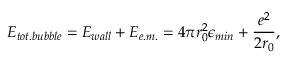
E _ { t o t . b u b b l e } = E _ { w a l l } + E _ { e . m . } = 4 \pi r _ { 0 } ^ { 2 } \epsilon _ { m i n } + \frac { e ^ { 2 } } { 2 r _ { 0 } } ,